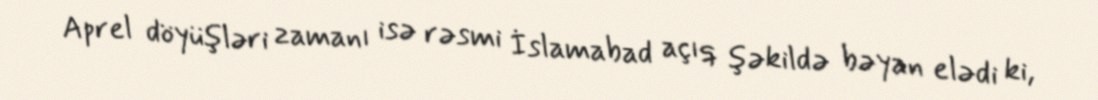
Aprel döyüşləri zamanı isə rəsmi İslamabad açıq şəkildə bəyan elədi ki,